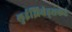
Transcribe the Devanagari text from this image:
लुईझियेड्सकडे